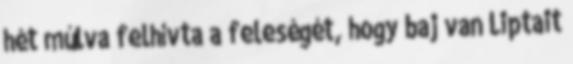
hét múlva felhívta a feleségét, hogy baj van Liptait